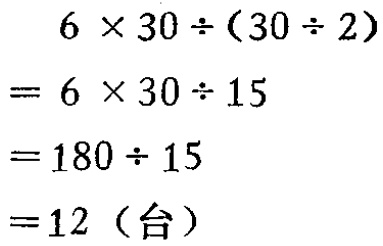
\[
\begin{align*}
&6\times30\div(30\div2)\\
=&6\times30\div15\\
=&180\div15\\
=&12 \text{（台）}
\end{align*}
\]